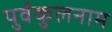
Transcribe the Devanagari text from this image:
पुर्वकुलनाम